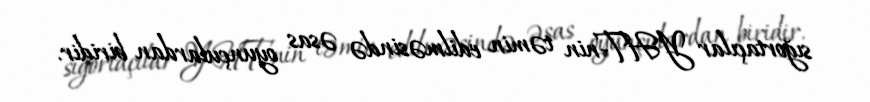
sığortaçılar YHT-nin təmin edilməsində əsas oyunçulardan biridir.